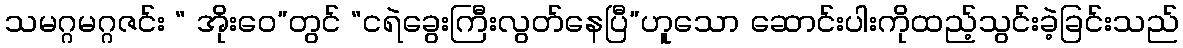
သမဂ္ဂမဂ္ဂဇင်း “ အိုးဝေ”တွင် “ငရဲခွေးကြီးလွတ်နေပြီ”ဟူသော ဆောင်းပါးကိုထည့်သွင်းခဲ့ခြင်းသည်